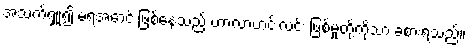
အသက်ရှူ၍ မရအောင် ဖြစ်နေသည့် ဟာလာဟင်းလင်း ဖြစ်မှုတို့ကိုသာ ခံစားရသည်။